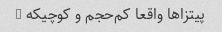
پیتزا‌ها واقعا کم‌حجم و کوچیکه …